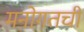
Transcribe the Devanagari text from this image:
मनोगतची